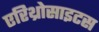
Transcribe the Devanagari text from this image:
एरिथ्रोसाइटस